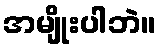
အမျိုးပါဘဲ။